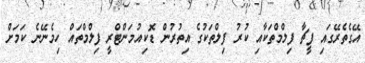
އޭގެތެރޭގައި ފީޗާ ފިލްމްތަކާއި ކުރު ފިލްތަކުގެ އިތުރުން ޑޮކިއުމަންޓްރީ ފިލްމްތައް ހިމެނޭނެ ކަމަށް